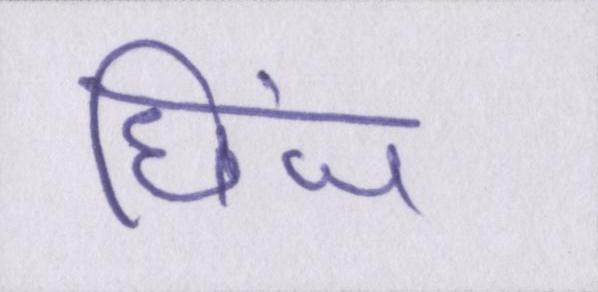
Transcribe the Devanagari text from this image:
छिंज